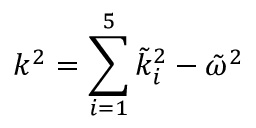
k ^ { 2 } = \sum _ { i = 1 } ^ { 5 } \tilde { k } _ { i } ^ { 2 } - \tilde { \omega } ^ { 2 }